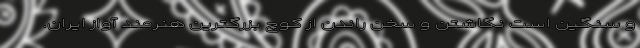
و سنگین است نگاشتن و سخن ‌راندن از کوچ بزرگترین هنرمند آواز ایران.